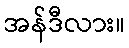
အန်ဒီလား။